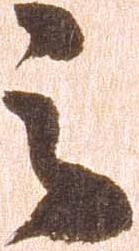
之